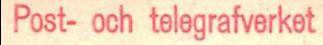
Post- och telegrafverket